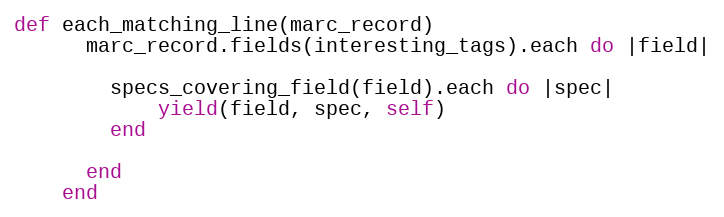
Language: Ruby
def each_matching_line(marc_record)
      marc_record.fields(interesting_tags).each do |field|

        specs_covering_field(field).each do |spec|
            yield(field, spec, self)
        end

      end
    end